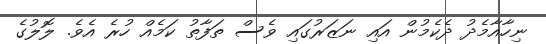
ނިހާއާމެދު ދެކެމުން އައި ނަޒަރުގައި ވެސް ތަފާތު ކަމެއް ހުރެ އެވެ. ލޮލުގެ